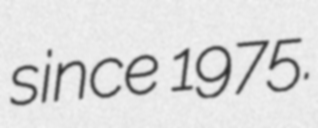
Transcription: since 1975.